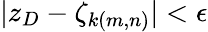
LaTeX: |z_{D}-\zeta_{k(m,n)}|<\epsilon